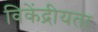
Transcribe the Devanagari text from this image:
विकेंद्रीयता